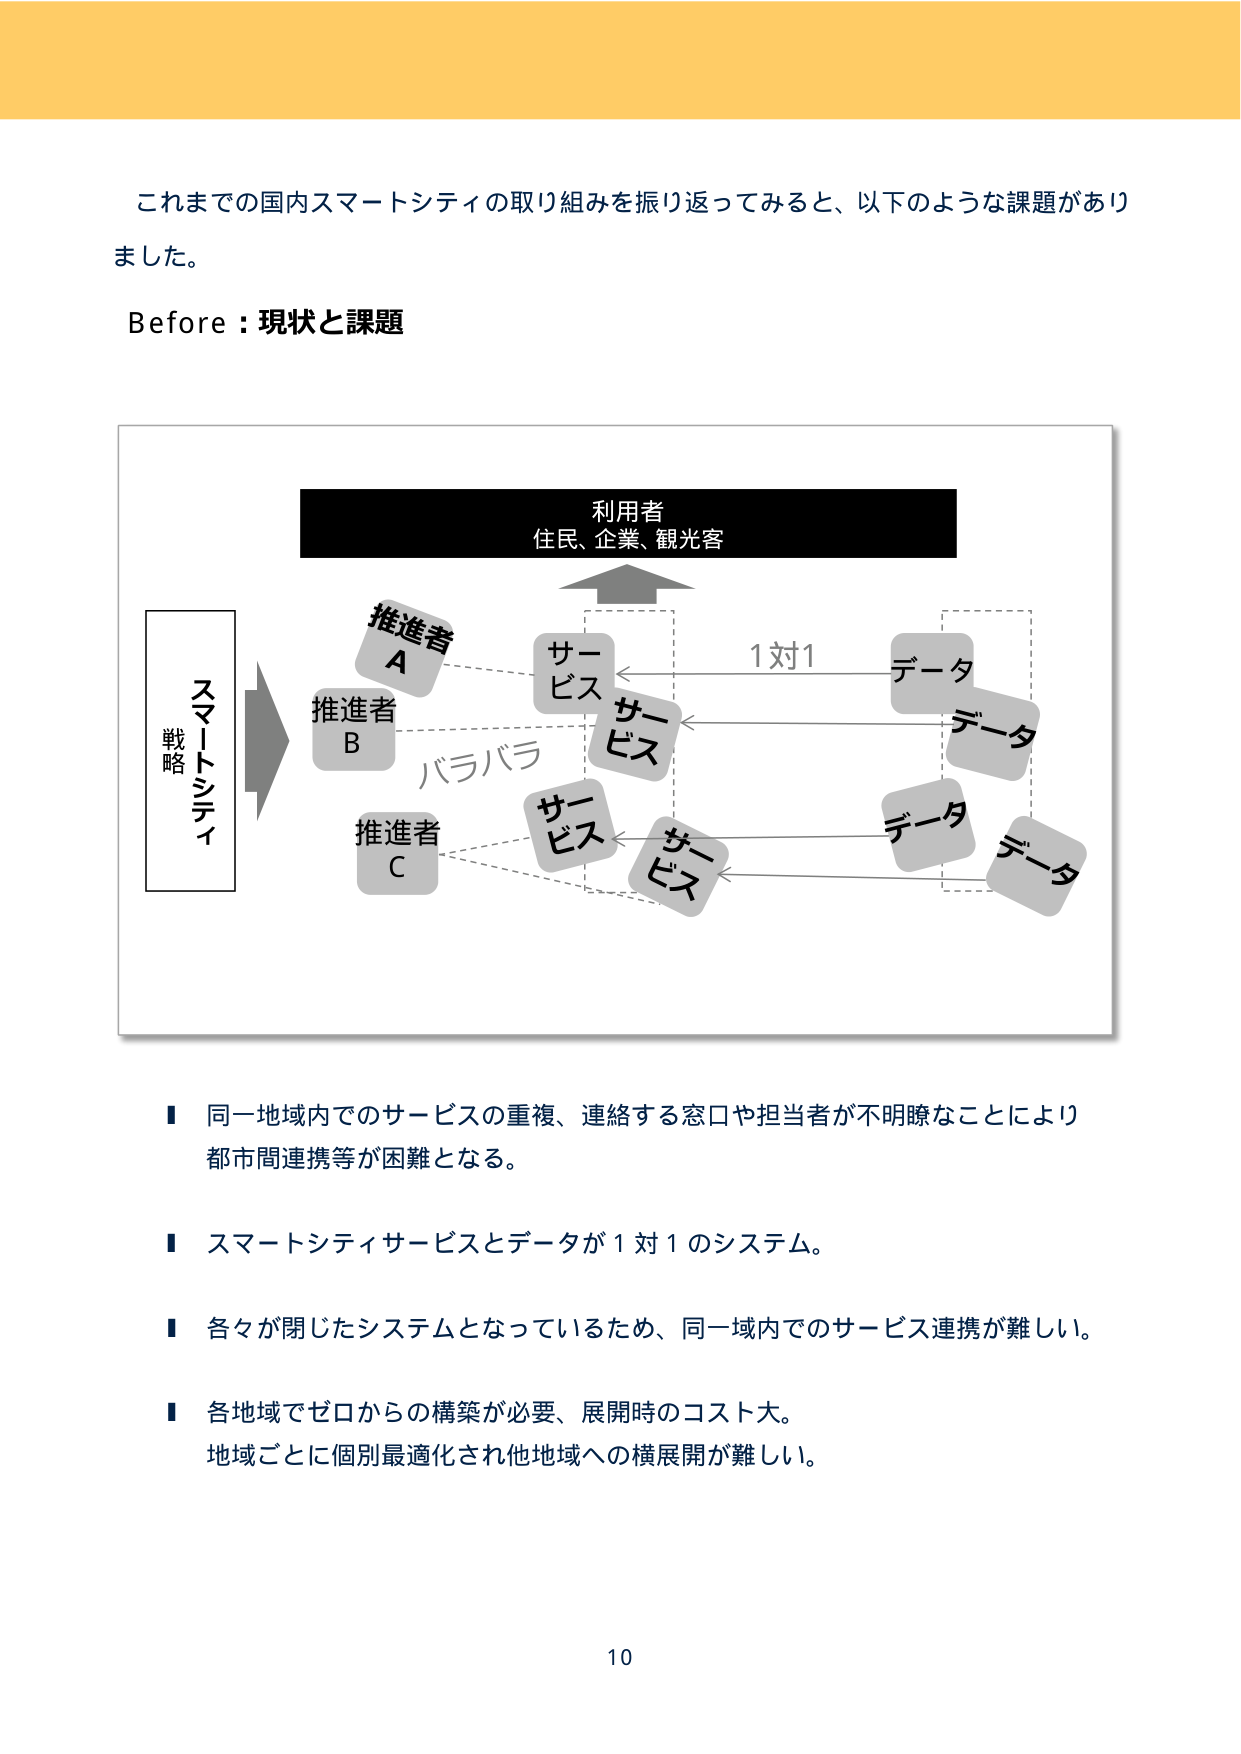
これまでの国内スマートシティの取り組みを振り返ってみると、以下のような課題がありました。

Before：現状と課題

利用者
住民、企業、観光客

スマートシティ
戦略

推進者
A

推進者
B

推進者
C

サービス
サービス
サービス
サービス

1対1

データ
データ
データ
データ

バラバラ

■ 同一地域内でのサービスの重複、連絡する窓口や担当者が不明瞭なことにより
都市間連携等が困難となる。

■ スマートシティサービスとデータが1対1のシステム。

■ 各々が閉じたシステムとなっているため、同一域内でのサービス連携が難しい。

■ 各地域でゼロからの構築が必要、展開時のコスト大。
地域ごとに個別最適化され他地域への横展開が難しい。

10